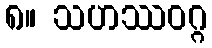
၈။ သဟဿဝဂ္ဂ